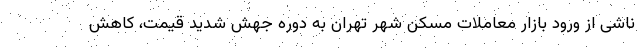
ناشی از ورود بازار معاملات مسکن شهر تهران به دوره جهش شدید قیمت، کاهش